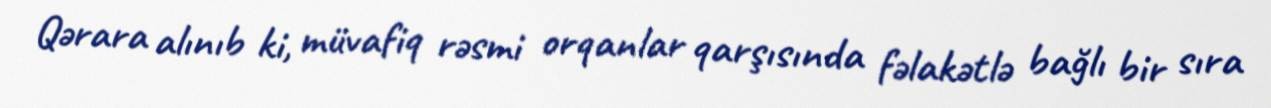
Qərara alınıb ki, müvafiq rəsmi orqanlar qarşısında fəlakətlə bağlı bir sıra